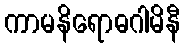
ကာမနိရောဓဂါမိနီ